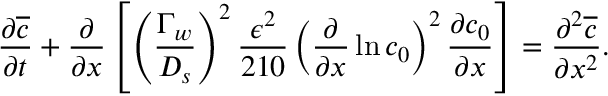
\frac { \partial \overline { { c } } } { \partial t } + \frac { \partial } { \partial x } \left[ \left( \frac { \Gamma _ { w } } { D _ { s } } \right) ^ { 2 } \frac { \epsilon ^ { 2 } } { 2 1 0 } \left( \frac { \partial } { \partial x } \ln c _ { 0 } \right) ^ { 2 } \frac { \partial c _ { 0 } } { \partial x } \right] = \frac { \partial ^ { 2 } \overline { { c } } } { \partial x ^ { 2 } } .